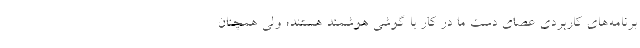
برنامه‌های کاربردی عصای دست ما در کار با گوشی هوشمند هستند؛ ولی همچنان